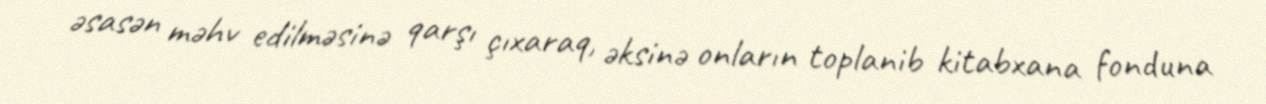
əsasən məhv edilməsinə qarşı çıxaraq, əksinə onların toplanib kitabxana fonduna